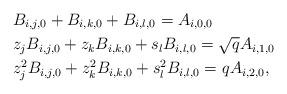
LaTeX: \begin{align*}&B_{i,j,0}+B_{i,k,0}+B_{i,l,0}=A_{i,0,0}\\&z_jB_{i,j,0}+z_kB_{i,k,0}+s_lB_{i,l,0}=\sqrt{q}A_{i,1,0}\\&z_j^2B_{i,j,0}+z_k^2B_{i,k,0}+s_l^2B_{i,l,0}=qA_{i,2,0},\end{align*}